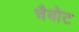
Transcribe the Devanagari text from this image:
चैबोट